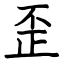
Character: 歪